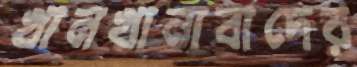
খানখানাবাদের